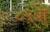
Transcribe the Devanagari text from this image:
८२वा